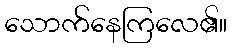
သောက်နေကြလေ၏။